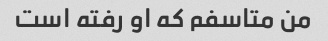
من متاسفم که او رفته است